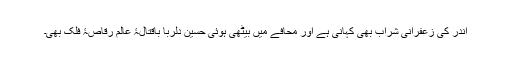
اندر کی زعفرانی شراب بھی کہانی ہے اور محافے میں بیٹھی ہوئی حسین دلربا باقتالۂ عالم رقاصۂ فلک بھی۔